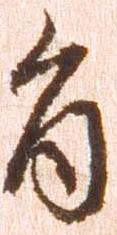
旨